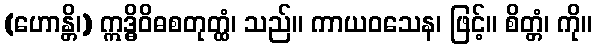
(ဟောန္တိ၊) ဣဒ္ဓိဝိဓစတုတ္ထံ၊ သည်။ ကာယဝသေန၊ ဖြင့်။ စိတ္တံ၊ ကို။